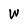
Character: W